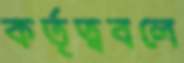
কর্তৃত্ববলে